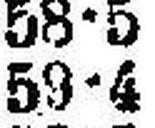
59•4